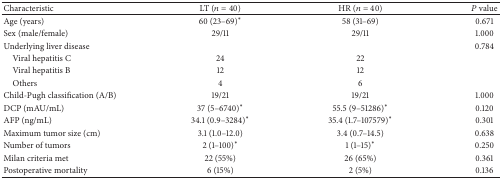
<table><thead><tr><td><b>Characteristic</b></td><td><b>LT (<i>n</i> = 40)</b></td><td><b>HR (<i>n</i> = 40)</b></td><td><b><i>P</i> value</b></td></tr></thead><tbody><tr><td>Age (years)</td><td>60 (23–69)<sup>∗</sup></td><td>58 (31–69)</td><td>0.671</td></tr><tr><td>Sex (male/female)</td><td>29/11</td><td>29/11</td><td>1.000</td></tr><tr><td>Underlying liver disease</td><td> </td><td> </td><td>0.784</td></tr><tr><td> Viral hepatitis C</td><td>24</td><td>22</td><td> </td></tr><tr><td> Viral hepatitis B</td><td>12</td><td>12</td><td> </td></tr><tr><td> Others</td><td>4</td><td>6</td><td> </td></tr><tr><td>Child-Pugh classification (A/B)</td><td>19/21</td><td>19/21</td><td>1.000</td></tr><tr><td>DCP (mAU/mL)</td><td>37 (5–6740)<sup>∗</sup></td><td>55.5 (9–51286)<sup>∗</sup></td><td>0.120</td></tr><tr><td>AFP (ng/mL)</td><td>34.1 (0.9–3284)<sup>∗</sup></td><td>35.4 (1.7–107579)<sup>∗</sup></td><td>0.301</td></tr><tr><td>Maximum tumor size (cm)</td><td>3.1 (1.0–12.0)</td><td>3.4 (0.7–14.5)</td><td>0.638</td></tr><tr><td>Number of tumors</td><td>2 (1–100)<sup>∗</sup></td><td>1 (1–15)<sup>∗</sup></td><td>0.250</td></tr><tr><td>Milan criteria met</td><td>22 (55%)</td><td>26 (65%)</td><td>0.361</td></tr><tr><td>Postoperative mortality</td><td>6 (15%)</td><td>2 (5%)</td><td>0.136</td></tr></tbody></table>